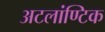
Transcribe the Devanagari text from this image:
अटलांण्टिक